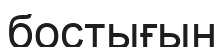
бостығын